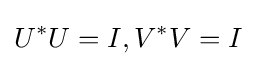
U^{*}U=I,V^{*}V=I